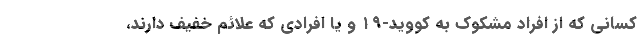
کسانی که از افراد مشکوک به کووید-۱۹ و یا افرادی که علائم خفیف دارند،